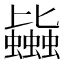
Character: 𧔯